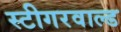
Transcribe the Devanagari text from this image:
स्टीगरवाल्ड